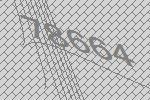
78664